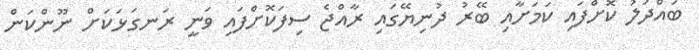
ބައްދަލު ކޮށްފައި ކަމަށާއި ބޭރު ދުނިޔޭގައި ރާއްޖެ ސިފަކޮށްފައި ވަނީ ރަނގަޅަކަށް ނޫންކަން